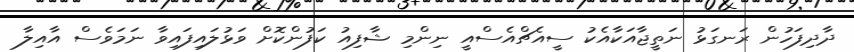
ދާދިފަހުން ރަނގަޅު ނަތީޖާއަކާއެކު ސީއެޗްއެސްއީ ނިންމި ޝާފިއު ކަފުންކޮށް ވަޅުލައިފައިވާ ނަމަވެސް އާއިލާ